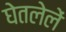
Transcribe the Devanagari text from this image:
घेतलेलें